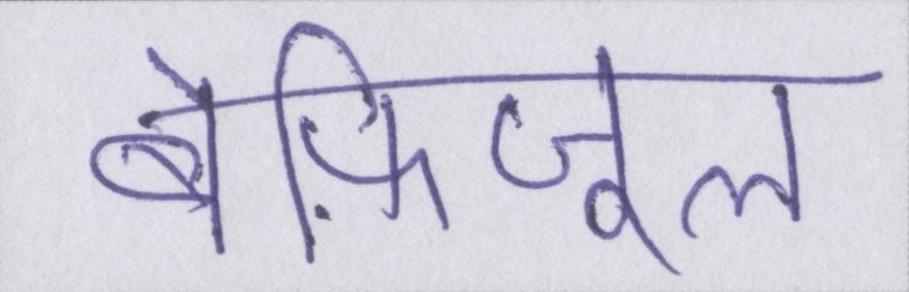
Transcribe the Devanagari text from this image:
बेफ़िजूल